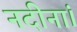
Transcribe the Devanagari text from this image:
नदीनां।